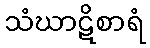
သံဃာဋိစာရံ